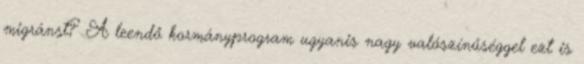
migránst? A leendő kormányprogram ugyanis nagy valószínűséggel ezt is